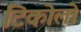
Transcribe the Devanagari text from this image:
टिकोलो